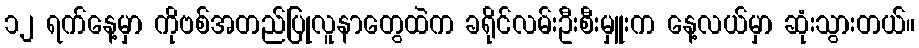
၁၂ ရက်နေ့မှာ ကိုဗစ်အတည်ပြုလူနာတွေထဲက ခရိုင်လမ်းဦးစီးမှူးက နေ့လယ်မှာ ဆုံးသွားတယ်။